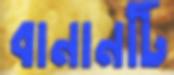
বানানটি